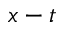
x - t